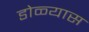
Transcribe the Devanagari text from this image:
डोळ्यास